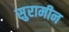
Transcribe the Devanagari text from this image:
सुरामीन